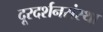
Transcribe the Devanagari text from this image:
दूरदर्शनसंस्था